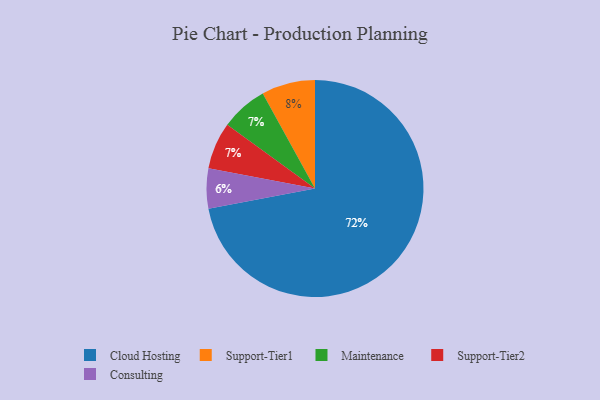
{"axis": {"x": "Category", "y": "Percentage"}, "legend": ["Cloud Hosting", "Consulting", "Maintenance", "Support-Tier1", "Support-Tier2"], "data": [{"x": "Support-Tier1", "y": 8, "type": "Support-Tier1"}, {"x": "Maintenance", "y": 7, "type": "Maintenance"}, {"x": "Support-Tier2", "y": 7, "type": "Support-Tier2"}, {"x": "Consulting", "y": 6, "type": "Consulting"}, {"x": "Cloud Hosting", "y": 72, "type": "Cloud Hosting"}]}